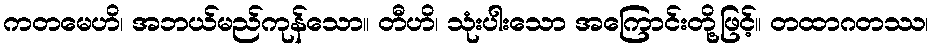
ကတမေဟိ၊ အဘယ်မည်ကုန်သော။ တီဟိ၊ သုံးပါးသော အကြောင်းတို့ဖြင့်။ တထာဂတဿ၊